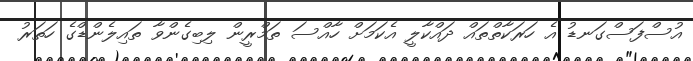
އުސްފަސްގަނޑު އެ ހަރަކާތްތައް ދައްކާލީ އެކަމަށް ހާއްސަ ތަމްރީން ލިބިގެންވާ ތައިލެންޑްގެ ހަތަރު